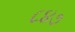
૮૪૭